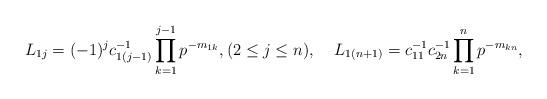
LaTeX: \begin{align*}L_{1j} &= (-1)^j c_{1(j-1)}^{-1} \prod_{k=1}^{j-1} p^{-m_{1k}}, (2\le j\le n), & L_{1(n+1)} &= c_{11}^{-1} c_{2n}^{-1} \prod_{k=1}^n p^{-m_{kn}},\end{align*}